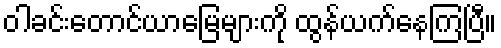
ဝါခင်းတောင်ယာမြေများကို ထွန်ယက်နေကြပြီ။